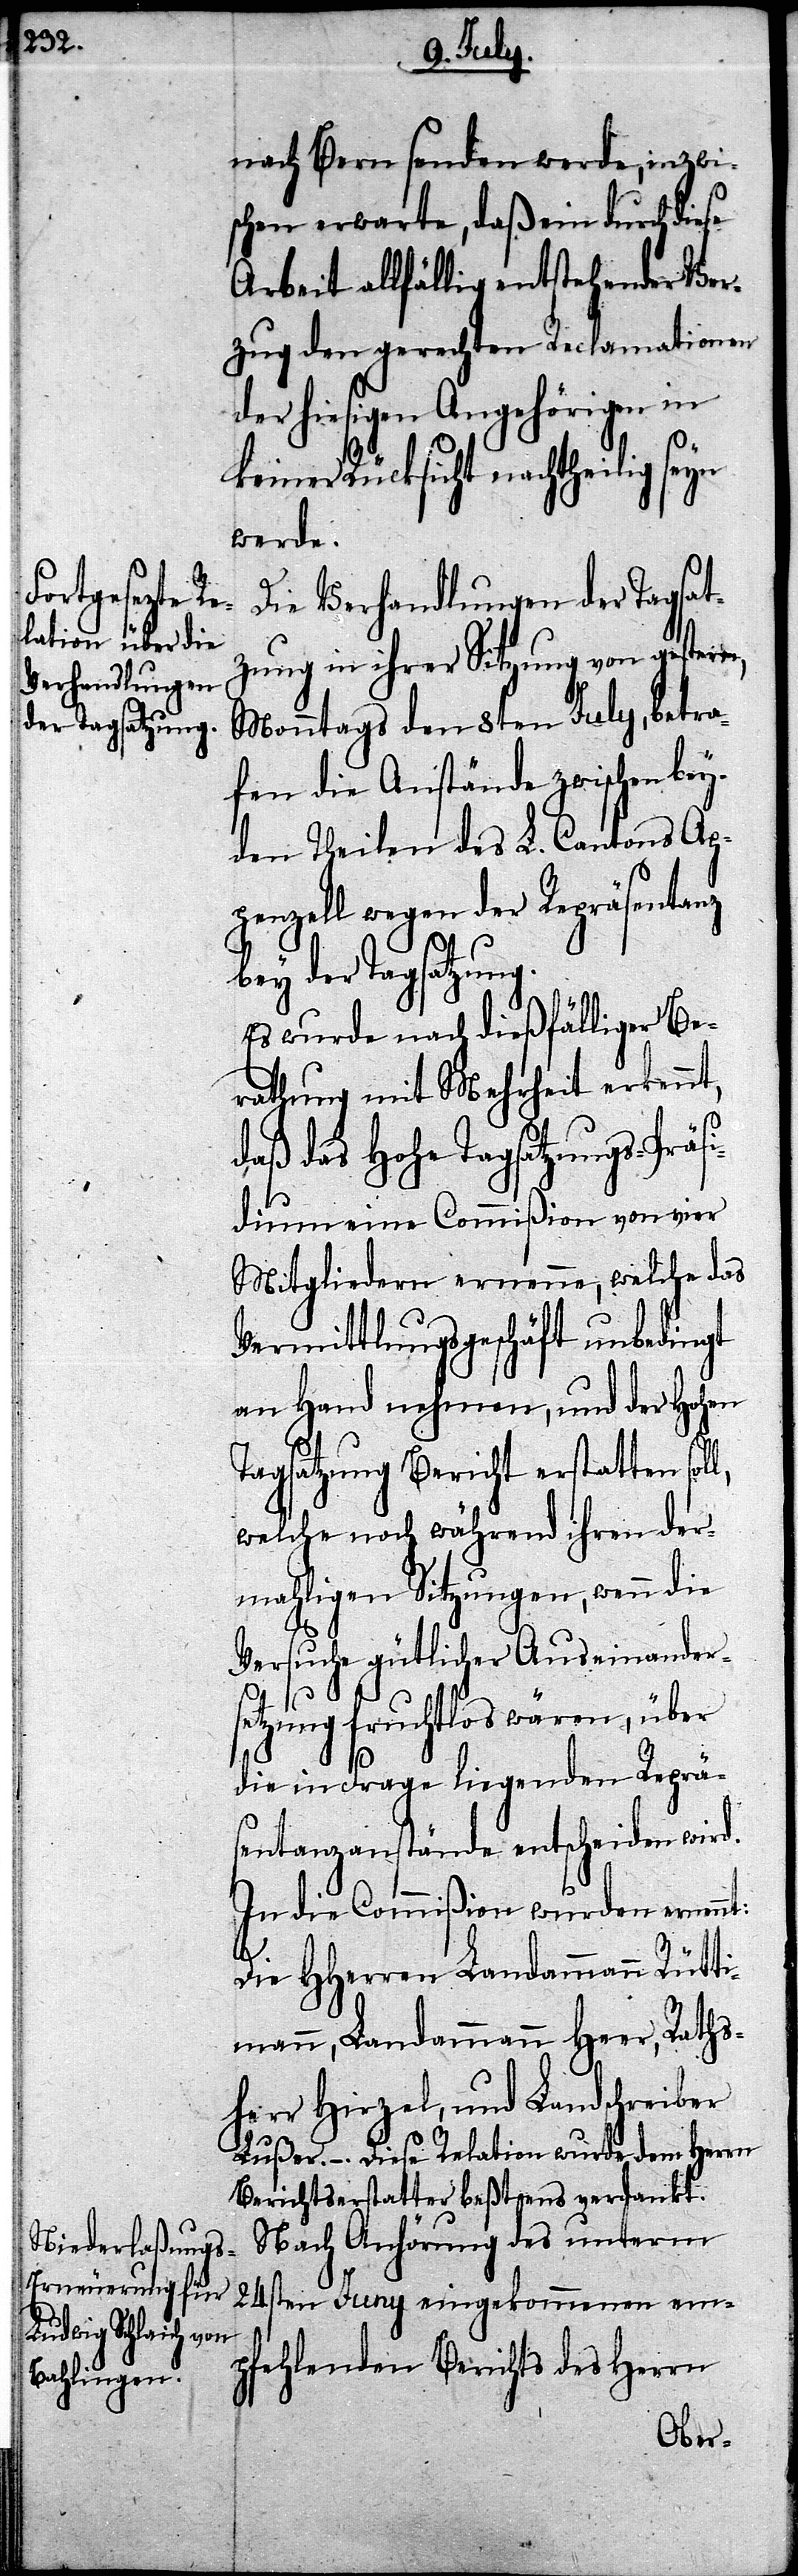
nach Bern senden werde, inzwi¬
schen erwarte, daß ein durch diese
Arbeit allfällig entstehender Vor¬
zug den gerechten Reclamationen
der hiesigen Angehörigen in
keiner Rücksicht nachtheilig seyn
werde.
Die Verhandlungen der Tagsat¬
zung in ihrer Sitzung von gestern,
Monntags den 8ten July, betref¬
fen die Anstände zwischen bey¬
den Theilen des L. Cantons Ap¬
penzell wegen der Repräsentanz
bey der Tagsatzung.
Es wurde nach dießfälliger Be¬
rathung mit Mehrheit erkennt,
daß das Hohe Tagsatzungs-Präs¬
l,
idium eine Commißion von vier
Mitgliedern ernenne, welche das
Vermittlungsgeschäft unbedingt
an Hand nehmen, und der Hohen
Tagsatzung Bericht erstatten sol¬
welche noch während ihren der¬
mahligen Sitzungen, wenn die
Versuche gütlicher Auseinanders¬
etzung fruchtlos wären, über
die in Frage liegenden Reprä¬
sentanzanstände entscheiden wird.
In die Commißion wurden ernennt:
Die HHerren Landammann Rütti¬
mann, Landammann Heer, Raths¬
herr Hirzel, und Landschreiber
Lußer. – Diese Relation wurde dem Herrn
Berichtserstatter beßtens verdankt.
Nach Anhörung des unterm
24sten Juny eingekommenen em¬
pfehlenden Berichts des Herrn